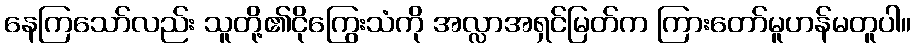
နေကြသော်လည်း သူတို့၏ငိုကြွေးသံကို အလ္လာအရှင်မြတ်က ကြားတော်မူဟန်မတူပါ။